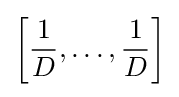
\left[{\frac {1}{D}},\dots ,{\frac {1}{D}}\right]